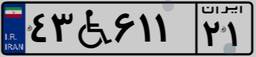
۴۳W۶۱۱۲۱